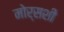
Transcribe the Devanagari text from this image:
मोर्सशी